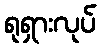
ရုရှားလုပ်